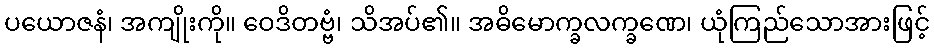
ပယောဇနံ၊ အကျိုးကို။ ဝေဒိတဗ္ဗံ၊ သိအပ်၏။ အဓိမောက္ခလက္ခဏေ၊ ယုံကြည်သောအားဖြင့်